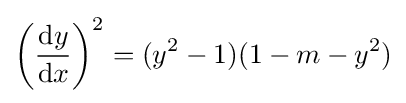
\left({\frac {\mathrm {d} y}{\mathrm {d} x}}\right)^{2}=(y^{2}-1)(1-m-y^{2})